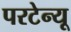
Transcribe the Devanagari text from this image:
परटेन्यू